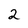
Character: 2